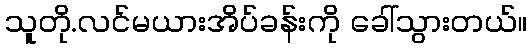
သူတို.လင်မယားအိပ်ခန်းကို ခေါ်သွားတယ်။